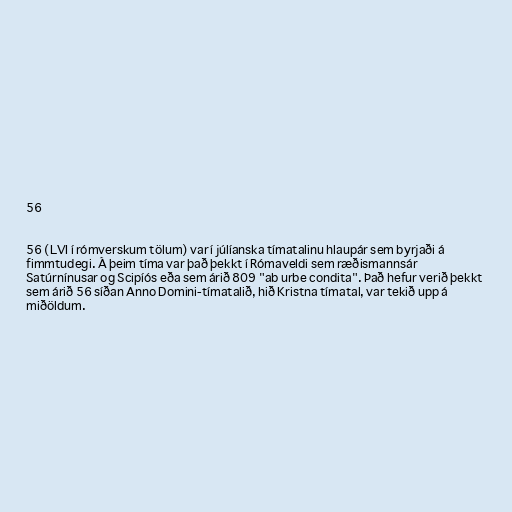
56

56 (LVI í rómverskum tölum) var í júlíanska tímatalinu hlaupár sem byrjaði á
fimmtudegi. Á þeim tíma var það þekkt í Rómaveldi sem ræðismannsár
Satúrnínusar og Scipíós eða sem árið 809 "ab urbe condita". Það hefur verið þekkt
sem árið 56 síðan Anno Domini-tímatalið, hið Kristna tímatal, var tekið upp á
miðöldum.